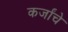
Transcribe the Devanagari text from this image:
कर्जांचे